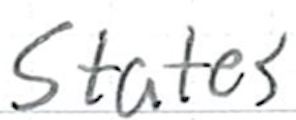
Text: States
Cross-out: clean
Writing tool: ballpoint